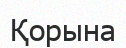
Қорына